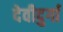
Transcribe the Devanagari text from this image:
देवीदुर्गा